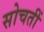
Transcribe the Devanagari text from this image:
सोचतीं